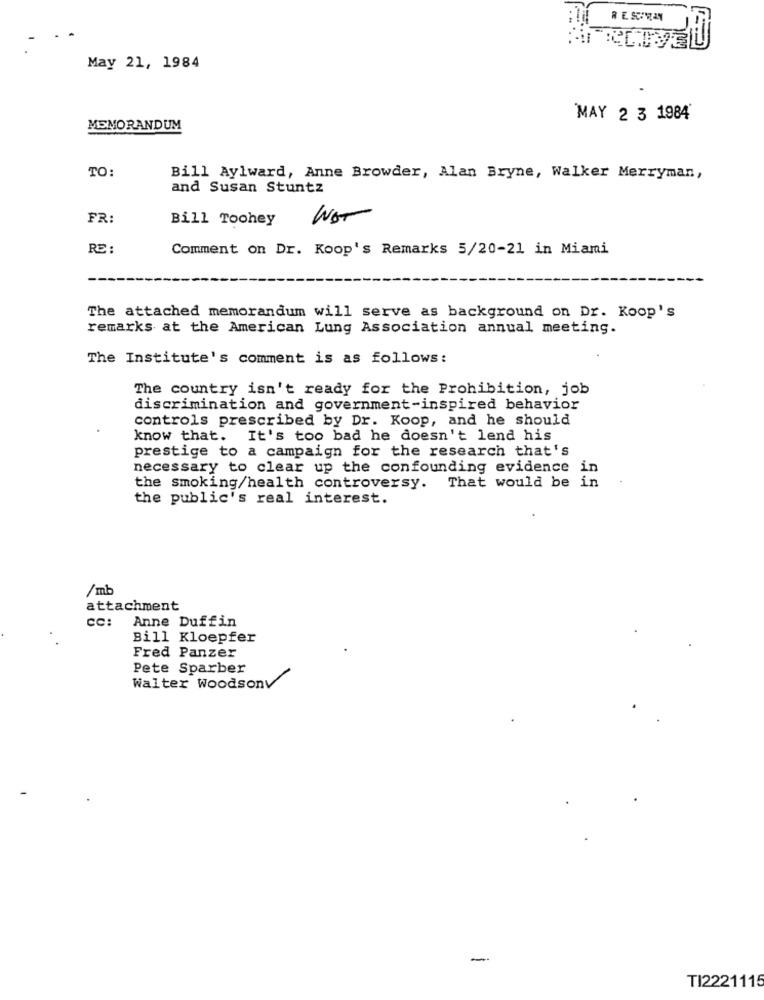
May 21, 1984
MAY 2 3 1984
MEMORANDUM
TO:
Bill Aylward, Anne Browder, Alan Bryne, Walker Merryman,
and Susan Stuntz
FR:
Bill Toohey
WOT
RE :
Comment on Dr. Koop's Remarks 5/20-21 in Miami
The attached memorandum will serve as background on Dr. Koop's
remarks at the American Lung Association annual meeting.
The Institute's comment is as follows:
The country isn't ready for the Prohibition, job
discrimination and government-inspired behavior
controls prescribed by Dr. Koop, and he should
know that. It's too bad he doesn't lend his
prestige to a campaign for the research that's
necessary to clear up the confounding evidence in
the smoking/health controversy. That would be in
the public's real interest.
/mb
attachment
cc: Anne Duffin
Bill Kloepfer
Fred Panzer
Pete Sparber
Walter Woodsonv
-
TI2221115